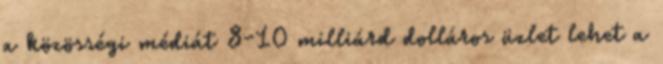
a közösségi médiát 8-10 milliárd dolláros üzlet lehet a